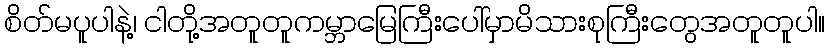
စိတ်မပူပါနဲ့၊ ငါတို့အတူတူကမ္ဘာမြေကြီးပေါ်မှာမိသားစုကြီးတွေအတူတူပါ။